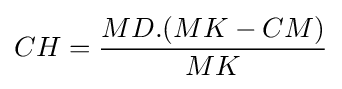
CH={\frac {MD.(MK-CM)}{MK}}